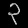
Digit: ၃